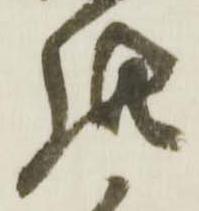
此